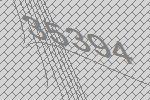
35394